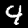
Label: 4